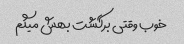
خوب وقتی برگشت بهش میگم